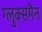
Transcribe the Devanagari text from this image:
ग्लुक्समैन